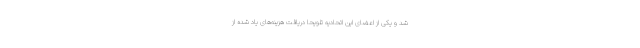
شد و یکی از اعضای این اتحادیه تلویحا دریافت هزینه‌های یاد شده از